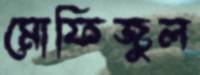
মোফিজুল